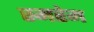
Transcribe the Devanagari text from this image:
स्मरेम